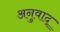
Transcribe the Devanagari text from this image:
अनुवाद्